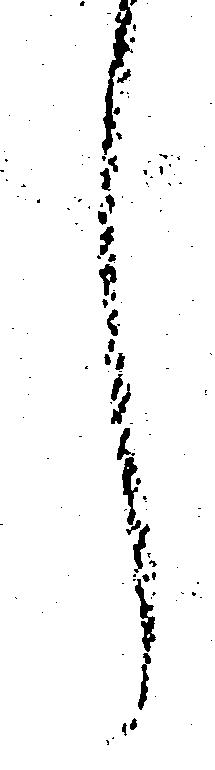
し